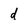
Character: d